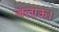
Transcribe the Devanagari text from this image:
जलाऊ।